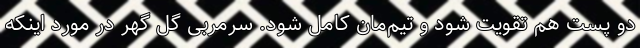
دو پست هم تقویت شود و تیم‌مان کامل شود. سرمربی گل گهر در مورد اینکه